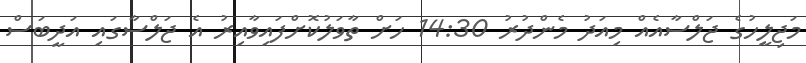
މަޖިލީހުގެ ޖަލްސާއެއް މިއަދު މެންދުރު 14:30 ހަށް ތާވަލުކޮށްފައިވާއިރު އެ ޖަލްސާގައި އަދީބަސް